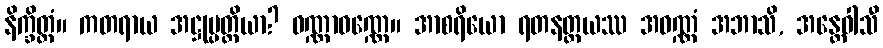
နိက္ခိတ္တံ။ ကတရာယ အဋ္ဌုပ္ပတ္တိယာ? ဝဏ္ဏာဝဏ္ဏေ။ အာစရိယော ရတနတ္တယဿ အဝဏ္ဏံ အဘာသိ, အန္တေဝါသီ